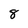
Character: 8